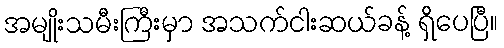
အမျိုးသမီးကြီးမှာ အသက်ငါးဆယ်ခန့် ရှိပေပြီ။